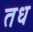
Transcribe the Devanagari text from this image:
तध